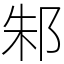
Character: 邾